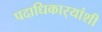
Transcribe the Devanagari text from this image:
पदाधिकार्‍यांशी